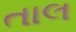
તાલ